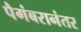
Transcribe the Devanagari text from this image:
पैगंबरानंतर